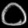
Digit: ၀